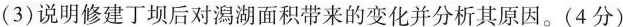
（3）说明修建丁坝后对澙湖面积带来的变化并分析其原因。（4分）